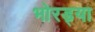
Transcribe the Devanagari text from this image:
भोरड्या